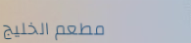
مطعم الخليج